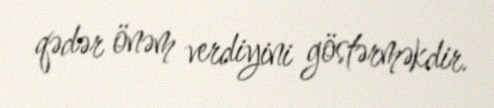
qədər önəm verdiyini göstərməkdir.